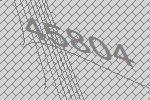
45804